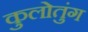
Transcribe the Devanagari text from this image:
कुलोतुंग